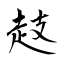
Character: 䞚